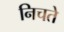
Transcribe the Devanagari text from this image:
निचते